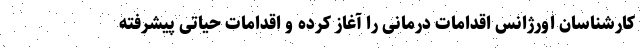
کارشناسان اورژانس اقدامات درمانی را آغاز کرده و اقدامات حیاتی پیشرفته